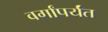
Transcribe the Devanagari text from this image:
वर्गांपर्यंत